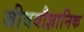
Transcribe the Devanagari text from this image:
जीववौज्ञानिक